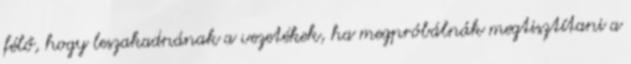
félő, hogy leszakadnának a vezetékek, ha megpróbálnák megtisztítani a